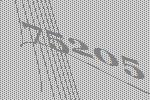
75205